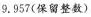
9.957(保留整数)